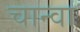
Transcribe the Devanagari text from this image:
चान्वा